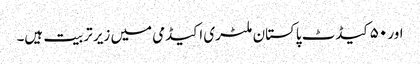
اور ۵۰ کیڈٹ پاکستان ملٹری اکیڈمی میں زیر تربیت ہیں۔